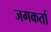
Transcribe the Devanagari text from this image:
जगकर्ता